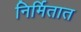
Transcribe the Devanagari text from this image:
निर्मितात